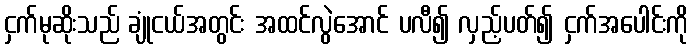
ငှက်မုဆိုးသည် ချုံငယ်အတွင်း အထင်လွဲအောင် ပလီ၍ လှည့်ပတ်၍ ငှက်အပေါင်းကို